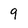
Character: 9